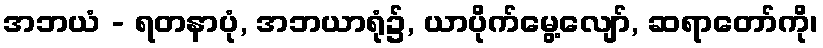
အဘယံ - ရတနာပုံ, အဘယာရုံ၌, ယာပိုက်မွေ့လျော်, ဆရာတော်ကို၊